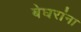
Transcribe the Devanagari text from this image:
बेघरांना